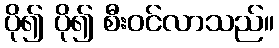
ပို၍ ပို၍ စီးဝင်လာသည်။